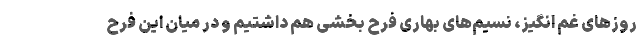
روزهای غم انگیز، نسیم‌های بهاری فرح بخشی هم داشتیم و در میان این فرح